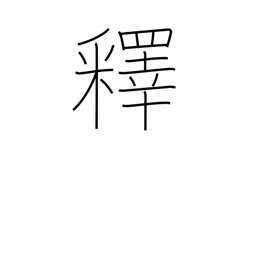
Meaning: explain